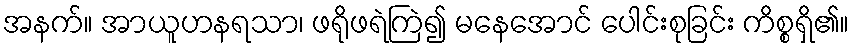
အနက်။ အာယူဟနရသာ၊ ဖရိုဖရဲကြဲ၍ မနေအောင် ပေါင်းစုခြင်း ကိစ္စရှိ၏။